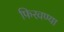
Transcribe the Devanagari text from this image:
फिरवण्या